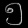
Digit: ၅